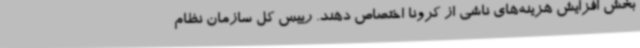
بخش افزایش هزینه‌های ناشی از کرونا اختصاص دهند. رییس کل سازمان نظام